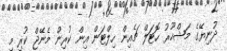
ދުނިޔޭގެ މަޝްހޫރު ހޮޓަލް ޗެއިން ހިލްޓަން އިން ކުރިން މެނޭޖް ކުރި މި